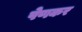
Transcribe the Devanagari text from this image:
पेणकर